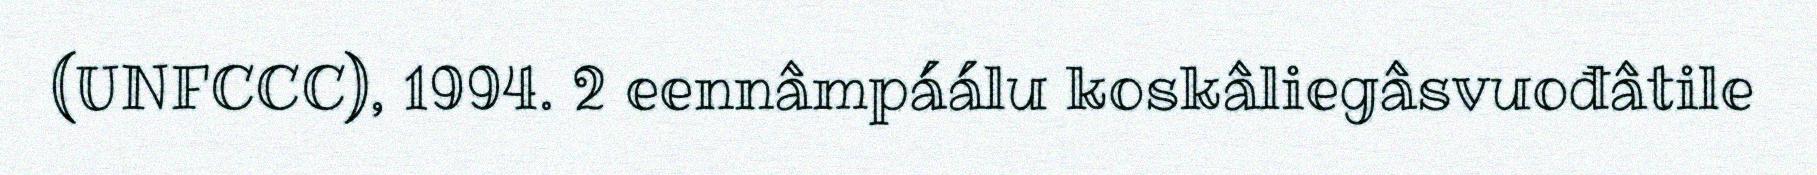
(UNFCCC), 1994. 2 eennâmpáálu koskâliegâsvuođâtile